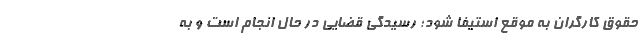
حقوق کارگران به موقع استیفا شود؛ رسیدگی قضایی در حال انجام است و به